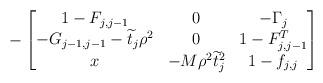
LaTeX: \begin{align*}\begin{aligned}-\begin{bmatrix}1-F_{j,j-1} & 0 & -\Gamma_{j}\\-G_{j-1,j-1}-\widetilde{t}_{j}\rho^2& 0 & 1-F_{j,j-1}^{T} \\x & -M\rho^2\widetilde{t}_{j}^2 & 1-f_{j,j}\end{bmatrix}\end{aligned}\end{align*}